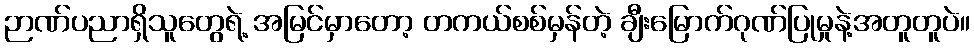
ဉာဏ်ပညာရှိသူတွေရဲ့ အမြင်မှာတော့ တကယ်စစ်မှန်တဲ့ ချီးမြောက်ဂုဏ်ပြုမှုနဲ့အတူတူပဲ။